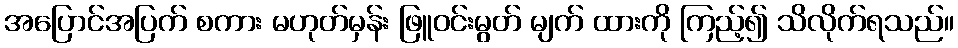
အပြောင်အပြက် စကား မဟုတ်မှန်း ဖြူဝင်းမွတ် မျက် ထားကို ကြည့်၍ သိလိုက်ရသည်။